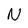
Character: N